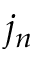
j _ { n }